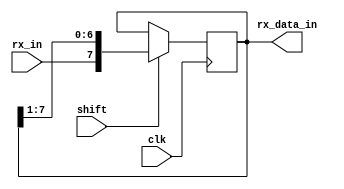

module SIPO(clk  , rx_in , shift , rx_data_in) ;


input rx_in , shift , clk ;
output reg [7:0] rx_data_in ;





always@(posedge clk )
begin
if(shift)
 rx_data_in <= {rx_in ,rx_data_in[7:1]} ;
end

endmodule